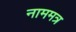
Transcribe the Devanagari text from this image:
नाममत्र